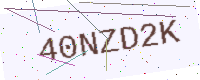
Text: 40NZD2K